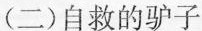
(二)自救的驴子